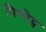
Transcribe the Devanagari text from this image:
पिग्लेट्स